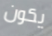
يكون